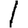
Digit: 1